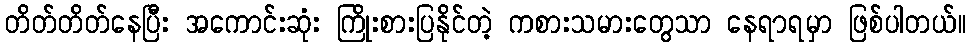
တိတ်တိတ်နေပြီး အကောင်းဆုံး ကြိုးစားပြနိုင်တဲ့ ကစားသမားတွေသာ နေရာရမှာ ဖြစ်ပါတယ်။